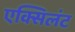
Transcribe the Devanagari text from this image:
एक्सिलंट